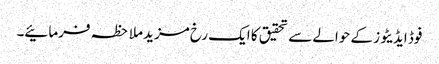
فوڈ ایڈیٹوز کے حوالے سے تحقیق کا ایک رخ مزید ملاحظہ فرمائیے۔